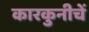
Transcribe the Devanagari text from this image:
कारकुनीचें